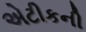
એટીકની